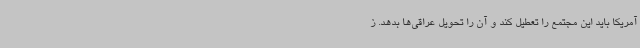
آمریکا باید این مجتمع را تعطیل کند و آن را تحویل عراقی‌ها بدهد. ز